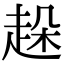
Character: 趓